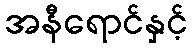
အနီရောင်နှင့်